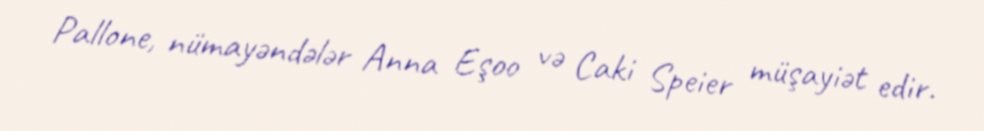
Pallone, nümayəndələr Anna Eşoo və Caki Speier müşayiət edir.